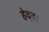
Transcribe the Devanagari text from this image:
हेद्दा